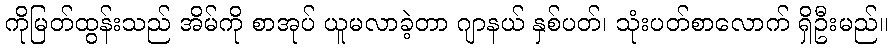
ကိုမြတ်ထွန်းသည် အိမ်ကို စာအုပ် ယူမလာခဲ့တာ ဂျာနယ် နှစ်ပတ်၊ သုံးပတ်စာလောက် ရှိဦးမည်။